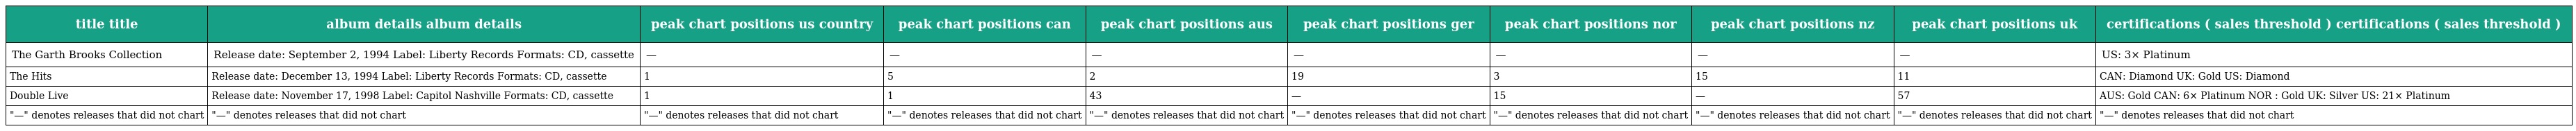
| title title | album details album details | peak chart positions us country | peak chart positions can | peak chart positions aus | peak chart positions ger | peak chart positions nor | peak chart positions nz | peak chart positions uk | certifications ( sales threshold ) certifications ( sales threshold ) |
 | --- | --- | --- | --- | --- | --- | --- | --- | --- | --- |
 | The Garth Brooks Collection | Release date: September 2, 1994 Label: Liberty Records Formats: CD, cassette | — | — | — | — | — | — | — | US: 3× Platinum |
 | The Hits | Release date: December 13, 1994 Label: Liberty Records Formats: CD, cassette | 1 | 5 | 2 | 19 | 3 | 15 | 11 | CAN: Diamond UK: Gold US: Diamond |
 | Double Live | Release date: November 17, 1998 Label: Capitol Nashville Formats: CD, cassette | 1 | 1 | 43 | — | 15 | — | 57 | AUS: Gold CAN: 6× Platinum NOR : Gold UK: Silver US: 21× Platinum |
 | "—" denotes releases that did not chart | "—" denotes releases that did not chart | "—" denotes releases that did not chart | "—" denotes releases that did not chart | "—" denotes releases that did not chart | "—" denotes releases that did not chart | "—" denotes releases that did not chart | "—" denotes releases that did not chart | "—" denotes releases that did not chart | "—" denotes releases that did not chart |